Annual report of lunatic asylums [Bombay] - 1912-1922
Year: 1912
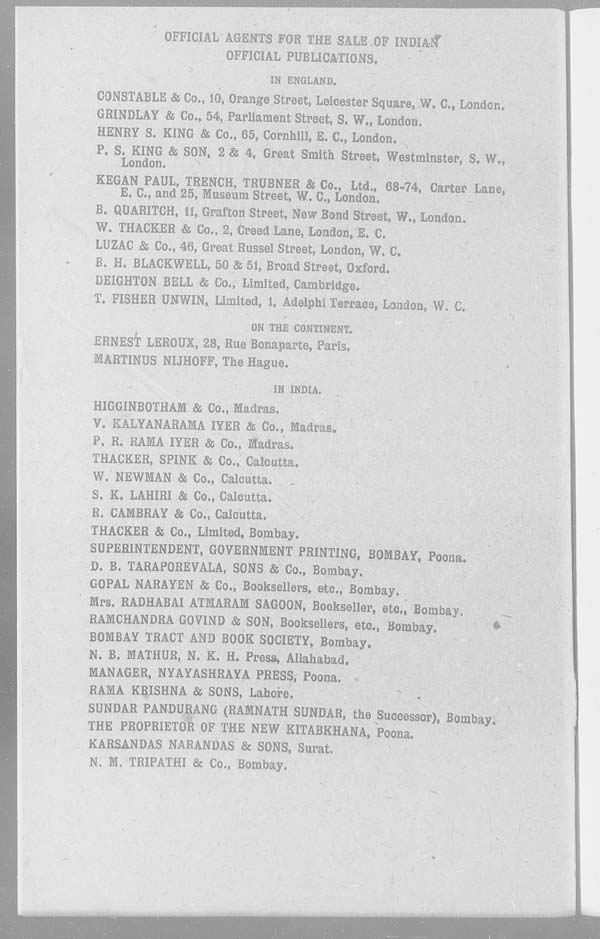
OFFICIAL AGENTS FOR THE SALE OF INDIAN
OFFICIAL PUBLICATIONS.
IN ENGLAND.
CONSTABLE & Co., 10, Orange Street, Leicester Square, W. C., London.
GRINDLAY & Co., 54, Parliament Street, S. W., London.
HENRY S. KING & Co., 65, Cornhill, E. C., London.
P. S. KING & SON, 2 & 4, Great Smith Street, Westminster, S. W.,
London.
KEGAN PAUL, TRENCH, TRUBNER & Co., Ltd., 68-74, Carter Lane,
E. C., and 25, Museum Street, W. C., London.
B. QUARITCH, 11, Grafton Street, New Bond Street, W., London.
W. THACKER & Co., 2, Creed Lane, London, E. C.
LUZAC & Co., 46, Great Russel Street, London, W. C.
B. H. BLACKWELL, 50 & 51, Broad Street, Oxford.
DEIGHTON BELL & Co., Limited, Cambridge.
T. FISHER UNWIN, Limited, 1, Adelphi Terrace, London, W. C.
ON THE CONTINENT.
ERNEST LEROUX, 28, Rue Bonaparte, Paris.
MARTINUS NIJHOFF, The Hague.
IN INDIA.
HIGGINBOTHAM & Co., Madras.
V. KALYANARAMA IYER & Co., Madras.
P. R. RAMA IYER & Co., Madras.
THACKER, SPINK & Co., Calcutta.
W. NEWMAN & Co., Calcutta.
S. K. LAHIRI & Co., Calcutta.
R. CAMBRAY & Co., Calcutta.
THACKER & Co., Limited, Bombay.
SUPERINTENDENT, GOVERNMENT PRINTING, BOMBAY, Poona.
D. B. TARAPOREVALA, SONS & Co., Bombay.
GOPAL NARAYEN & Co., Booksellers, etc., Bombay.
Mrs. RADHABAI ATMARAM SAGOON, Bookseller, etc., Bombay.
RAMCHANDRA GOVIND & SON, Booksellers, etc., Bombay.
BOMBAY TRACT AND BOOK SOCIETY, Bombay.
N. B. MATHUR, N. K. H. Press, Allahabad.
MANAGER, NYAYASHRAYA PRESS, Poona.
RAMA KRISHNA & SONS, Lahore.
SUNDAR PANDURANG (RAMNATH SUNDAR, the Successor), Bombay.
THE PROPRIETOR OF THE NEW KITABKHANA, Poona.
KARSANDAS NARANDAS & SONS, Surat.
N. M. TRIPATHI & Co., Bombay.